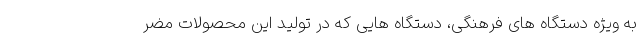
به ویژه دستگاه‌ های فرهنگی، دستگاه‌ هایی که در تولید این محصولات مضر